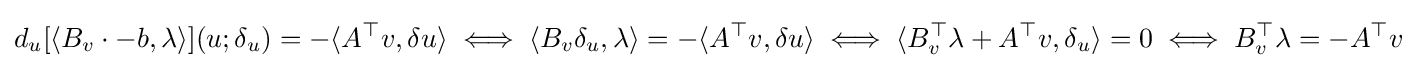
d_{u}[\langle B_{v}\cdot -b,\lambda \rangle ](u;\delta _{u})=-\langle A^{\top }v,\delta u\rangle \iff \langle B_{v}\delta _{u},\lambda \rangle =-\langle A^{\top }v,\delta u\rangle \iff \langle B_{v}^{\top }\lambda +A^{\top }v,\delta _{u}\rangle =0\iff B_{v}^{\top }\lambda =-A^{\top }v